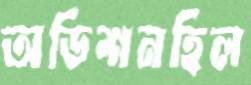
অডিশনহিল